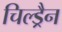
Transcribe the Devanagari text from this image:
चिल्ड्रैन